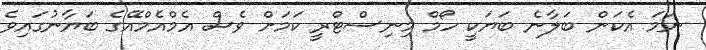
ނަމަ އެކަން ބަލާނެ ބަޔަކީ ހޯމް މިނިސްޓްރީ ކަމަށް ވެސް އެމްއެމްއޭގެ ބަޔާނުގައިވެ